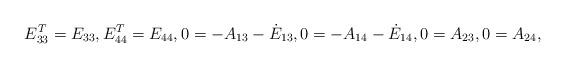
LaTeX: \begin{align*}E_{33}^T=E_{33},E_{44}^T=E_{44},0=-A_{13}-\dot E_{13},0=-A_{14}-\dot E_{14},0=A_{23},0=A_{24},\end{align*}